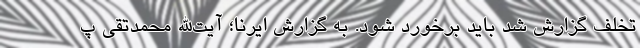
تخلف گزارش شد باید برخورد شود. به گزارش ایرنا؛ آیت‌الله محمدتقی پ